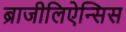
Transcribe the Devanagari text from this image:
ब्राजीलिऐन्सिस